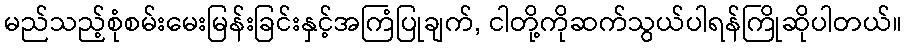
မည်သည့်စုံစမ်းမေးမြန်းခြင်းနှင့်အကြံပြုချက်, ငါတို့ကိုဆက်သွယ်ပါရန်ကြိုဆိုပါတယ်။